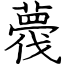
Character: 薎